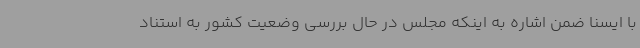
با ایسنا ضمن اشاره به اینکه مجلس در حال بررسی وضعیت کشور به استناد